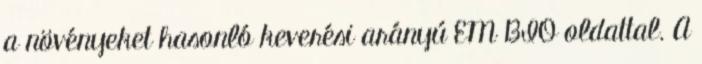
a növényeket hasonló keverési arányú EM BIO oldattal. A